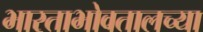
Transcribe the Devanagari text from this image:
भारताभोवतालच्या